Plague in India, 1896, 1897 - Volume 2
Year: 1896
Disease focus: Plague
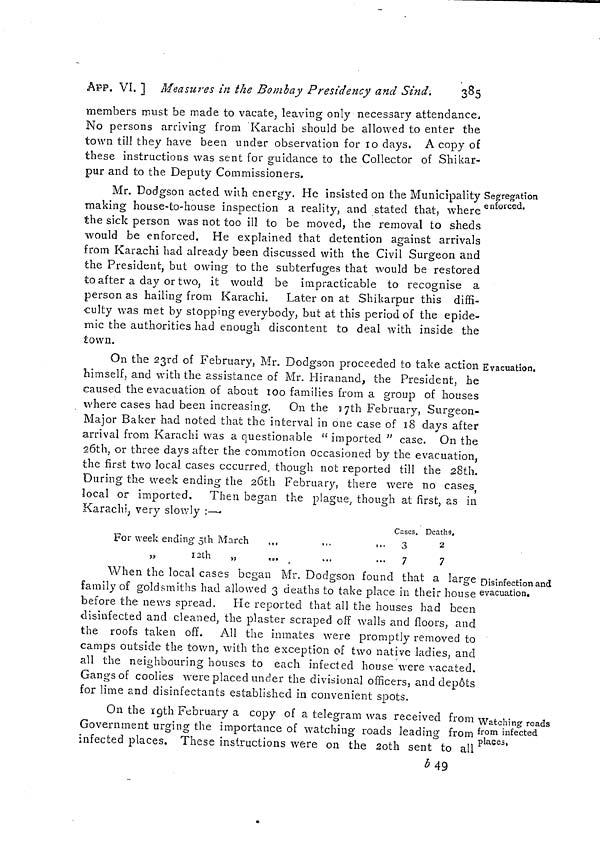
APP. VI, ] Measures in the Bombay Presidency and Sind.
385
members must be made to vacate, leaving only necessary attendance,
No persons arriving from Karachi should be allowed to enter the
town till they have been under observation for 10 days. A copy of
these instructions was sent for guidance to the Collector of Shikar-
pur and to the Deputy Commissioners.
Segregation
enforced.
Mr. Dodgson acted with energy. He insisted on the Municipality :
making house-to-house inspection a reality, and stated that, where '
the sick person was not too ill to be moved, the removal to sheds
would be enforced. He explained that detention against arrivals
from Karachi had already been discussed with the Civil Surgeon and
the President, but owing to the subterfuges that would be restored
to after a day or two, it would be impracticable to recognise a
person as hailing from Karachi.
Later on at Shikarpur this diffi-
culty was met by stopping everybody, but at this period of the epide-
mic the authorities had enough discontent to deal with inside the
town.
Evacuation.
On the 23rd of February, Mr. Dodgson proceeded to take action
himself, and with the assistance of Mr. Hiranand, the President, he
caused the evacuation of about 100 families from a group of houses
where cases had been increasing.
On the 17th February, Surgeon-
Major Baker had noted that the interval in one case of 18 days after
arrival from Karachi was a questionable " imported " case. On the
26th, or three days after the commotion occasioned by the evacuation,
the first two local cases occurred, though not reported till the 28th.
During the week ending the 20th February, there were no cases,
local or imported.
Then began the plague, though at first, as in
Karachi; very slowly :—•
For week ending 5th March
,,,
»
1 2th
»,
,.,
Cases.
3
7
Deaths.
2
7
Disinfection and
evacuation.
When the local cases began Mr. Dodgson found that a large
family of goldsmiths had allowed 3 deaths to take place in their house
before the news spread.
He reported that all the houses had been
disinfected and cleaned, the plaster scraped off walls and floors, and
the roofs taken off. All the inmates were promptly removed to
camps outside the town, with the exception of two native ladies, and
all the neighbouring houses to each infected house were vacated.
Gangs of coolies were placed under the divisional officers, and depots
for lime and disinfectants established in convenient spots.
Watching roads
from infected
places,
On the 19th February a copy of a telegram was received from
Government urging the importance of watching roads leading from
infected places. These instructions were on the 20th sent to all
b49